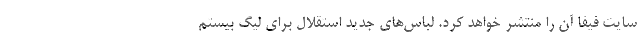
سایت فیفا آن را منتشر خواهد کرد. لباس‌های جدید استقلال برای لیگ بیستم